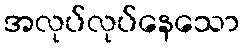
အလုပ်လုပ်နေသော